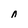
Character: n